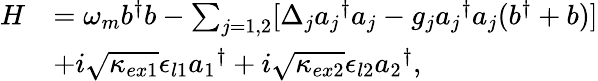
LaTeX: \begin{array}{rl}{H}&{=\omega_{m}b^{\dagger}b-\sum_{j=1,2}[\Delta_{j}{a_{j}}^{\dagger}a_{j}-g_{j}{a_{j}}^{\dagger}a_{j}(b^{\dagger}+b)]}\\ &{+i\sqrt{\kappa_{ex1}}\epsilon_{l1}{a_{1}}^{\dagger}+i\sqrt{\kappa_{ex2}}\epsilon_{l2}{a_{2}}^{\dagger},}\end{array}